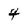
Character: 4